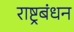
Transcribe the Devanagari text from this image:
राष्ट्रबंधन